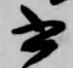
書